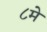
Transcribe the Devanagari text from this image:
८मे